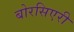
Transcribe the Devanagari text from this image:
बोरसिएरी